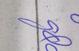
Signature authenticity: forged